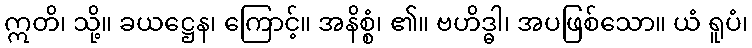
ဣတိ၊ သို့။ ခယဋ္ဌေန၊ ကြောင့်။ အနိစ္စံ၊ ၏။ ဗဟိဒ္ဓါ၊ အပဖြစ်သော။ ယံ ရူပံ၊